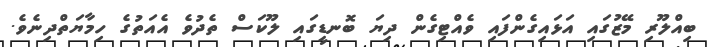
ބިއްލޫރި މޭޒުގައި އަޅައިގެންފައި ވެއްޓިގެން ދިޔަ ބޮނޑީގައި ލޫކަސް ތެދުވެ އެއަތުގެ ހިމާޔަތްދިނެވެ.